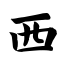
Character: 西